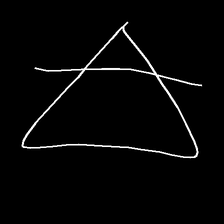
Glyph: empower